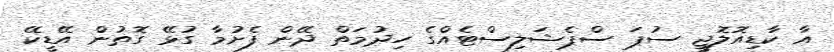
އާ ކާޑިއޮލޮޖީ ސުޕަ ސްޕެޝަލިސްޓެއްގެ ހިދުމަތް ދޭން ފެށުމާ ގުޅޭ ގޮތުން އޭޑީކޭ